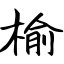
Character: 榆